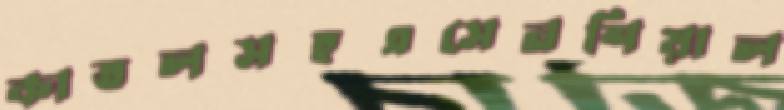
কাতলসহএসেনশিয়াল